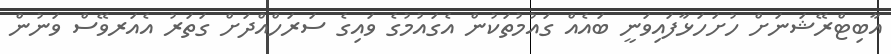
އާބިޓްރޭޝަނަށް ހުށަހަޅާފައިވަނީ ބައެއް ގައުމުތަކުން އެގައުމުގެ ވައިގެ ސަރަހްއްދަށް ގަތަރު އެއަރވޭސް ވަނުން